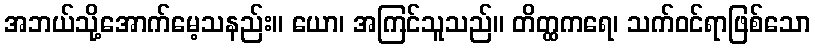
အဘယ်သို့အောက်မေ့သနည်း။ ယော၊ အကြင်သူသည်။ တိတ္ထကရေ၊ သက်ဝင်ရာဖြစ်သော